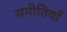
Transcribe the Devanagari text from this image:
समीतियाँ